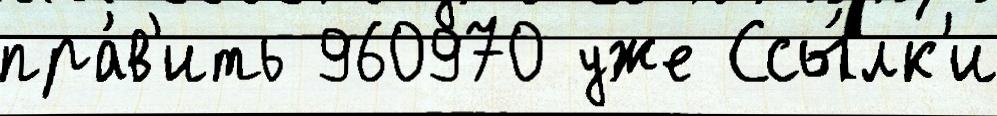
пра́в'ить 960970 уже Ссы́лк'и